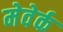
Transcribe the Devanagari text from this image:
मेवेर्क